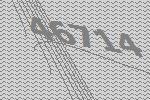
46714